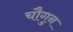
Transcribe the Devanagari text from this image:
चौगुन